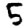
Digit: 5